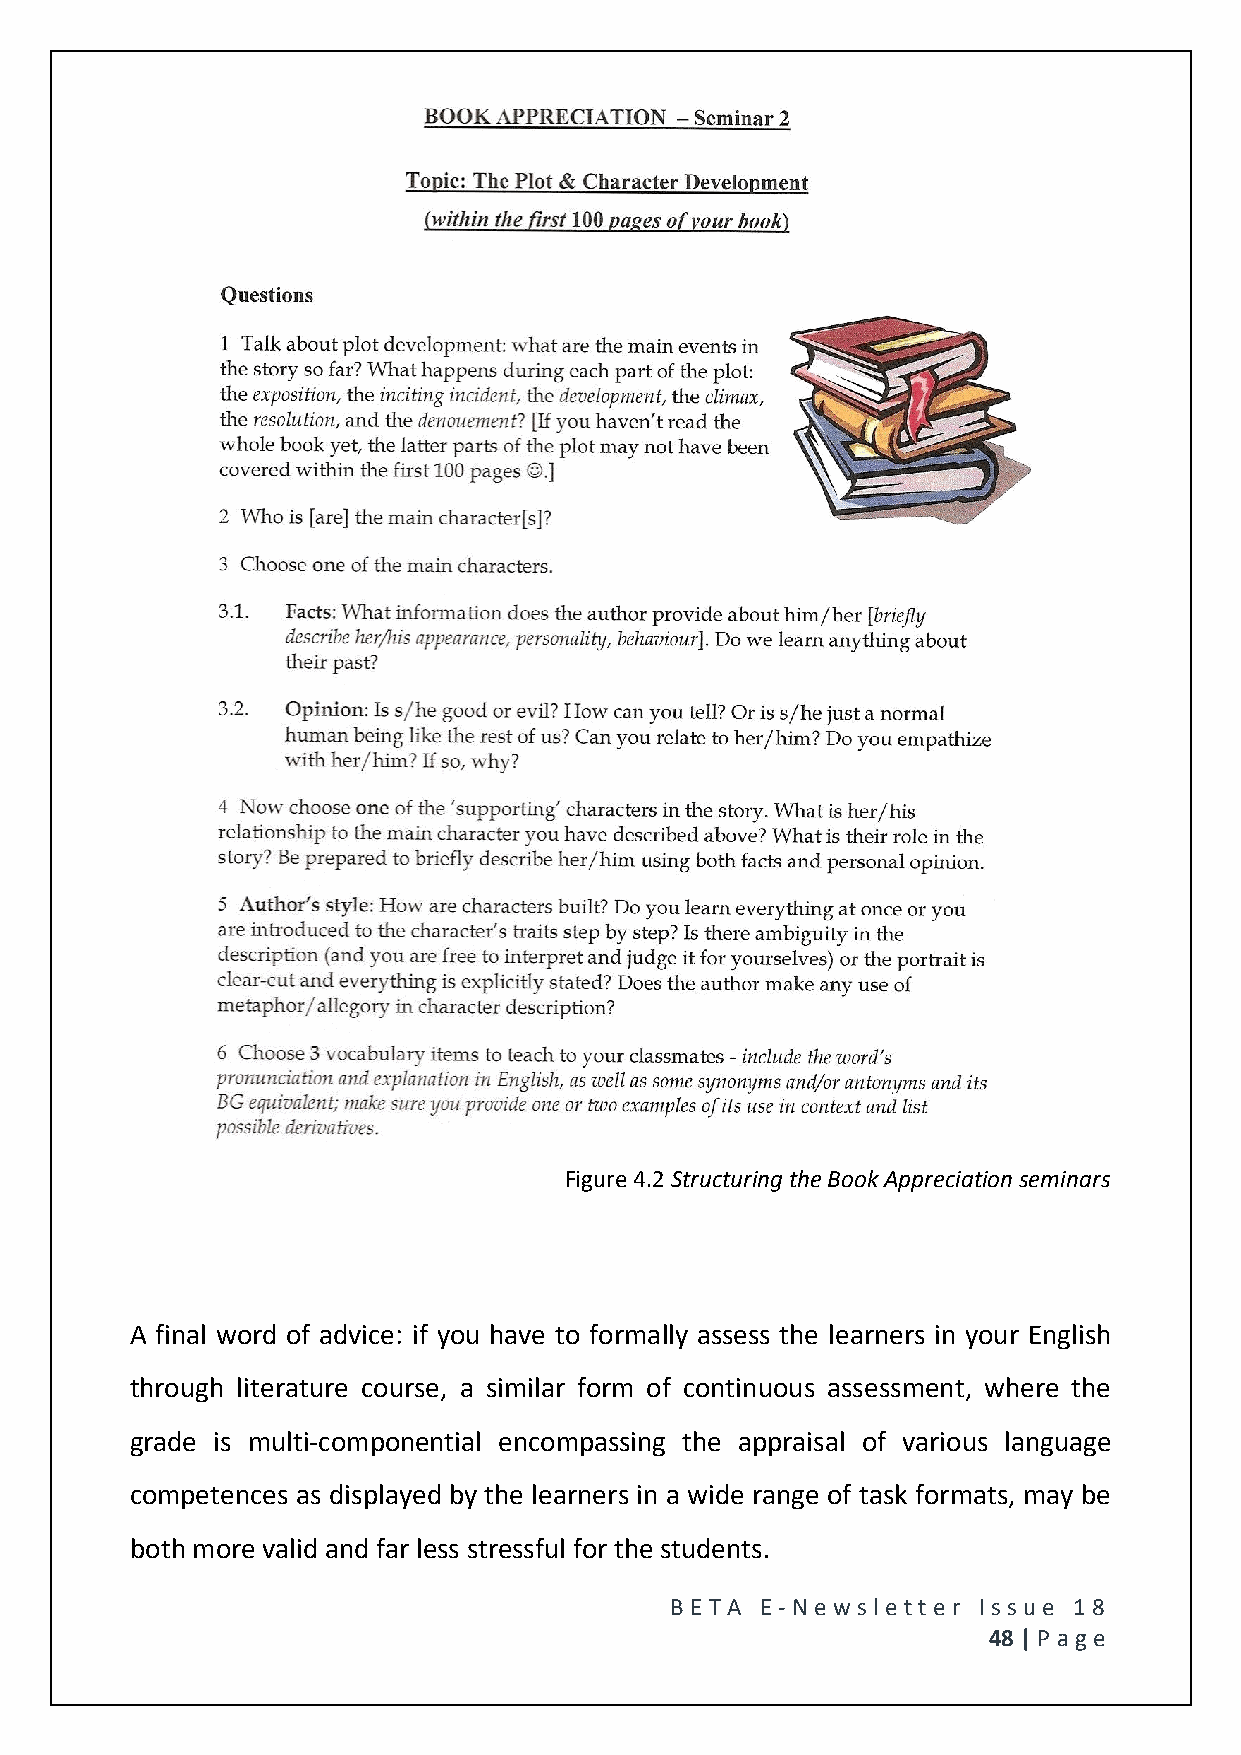
Figure 4.2 Structuring the Book Appreciation seminars
 A final word of advice: if you have to formally assess the learners in your English
 through literature course, a similar form of continuous assessment, where the
 grade is multi-componential encompassing the appraisal of various language
 competences as displayed by the learners in a wide range of task formats, may be
 both more valid and far less stressful for the students.
 BE T A E -N e wsle tt e r Issue 18
 48 | P age